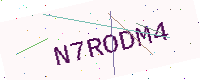
Text: N7RODM4